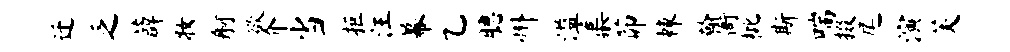
迁乏薜妆舸欲介当拒汪幕乙腮州溢蕖茆棘翰衙枇斯喘掇尾演芙